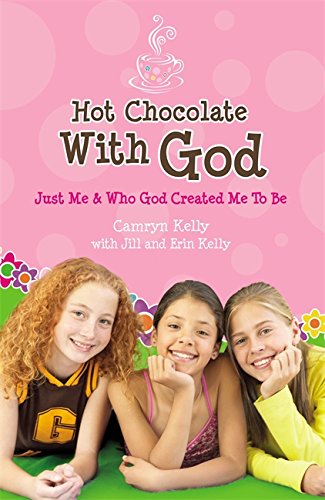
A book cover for Hot Chocolate with God: Just Me & Who God Created Me to Be; Camryn Kelly; Children's Books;